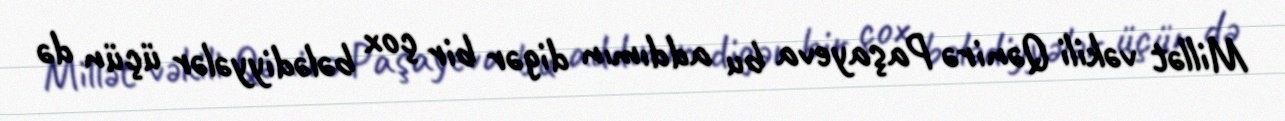
Millət vəkili Qənirə Paşayeva bu addımın digər bir çox bələdiyyələr üçün də